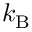
k _ { \mathrm { B } }